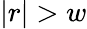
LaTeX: |r|>w